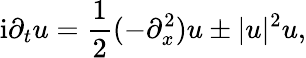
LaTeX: \mathrm{i}\partial_{t}u=\frac{1}{2}(-\partial_{x}^{2})u\pm|u|^{2}u,